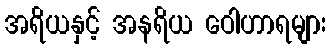
အရိယနှင့် အနရိယ ဝေါဟာရများ